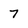
Character: 7